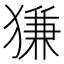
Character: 㺌